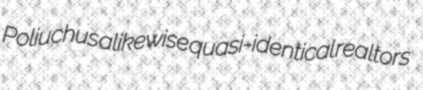
Poliuchus alikewise quasi-identical realtors